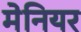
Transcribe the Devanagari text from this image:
मेनियर